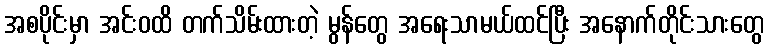
အစပိုင်းမှာ အင်းဝထိ တက်သိမ်းထားတဲ့ မွန်တွေ အရေးသာမယ်ထင်ပြီး အနောက်တိုင်းသားတွေ